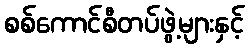
စစ်ကောင်စီတပ်ဖွဲ့များနှင့်